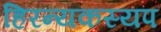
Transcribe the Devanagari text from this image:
हिरन्यकस्यप